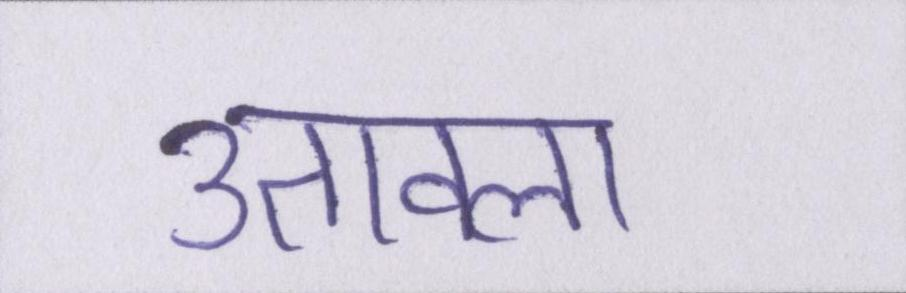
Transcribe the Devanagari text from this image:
उतावला